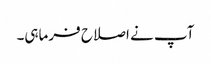
آپ نے اصلاح فرماہی۔